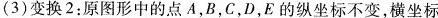
(3)变换2：原图形中的点A，B，C，D，E的纵坐标不变，横坐标